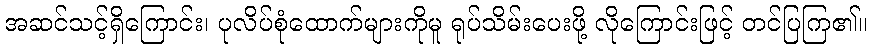
အဆင်သင့်ရှိကြောင်း၊ ပုလိပ်စုံထောက်များကိုမူ ရုပ်သိမ်းပေးဖို့ လိုကြောင်းဖြင့် တင်ပြကြ၏။